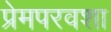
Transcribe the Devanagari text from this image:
प्रेमपरवशा